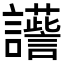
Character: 𧭽